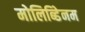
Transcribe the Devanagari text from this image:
मोलिब्डेिनम